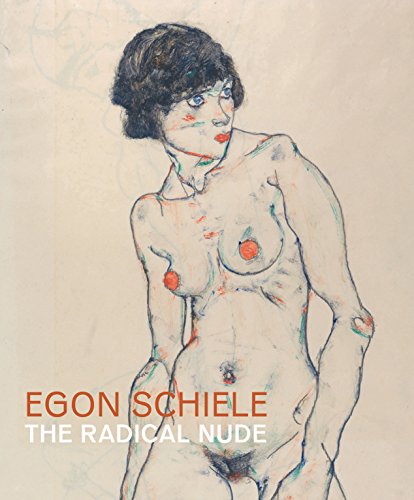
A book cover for Egon Schiele: The Radical Nude; Barnaby Wright; Arts & Photography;